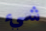
شيء